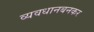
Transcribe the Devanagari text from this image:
व्यवधानबनकर